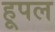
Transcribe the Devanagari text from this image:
हूपल